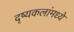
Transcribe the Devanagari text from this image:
दृष्यकलांमध्ये